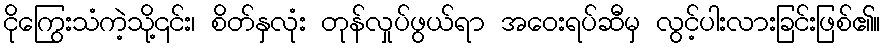
ငိုကြွေးသံကဲ့သို့၎င်း၊ စိတ်နှလုံး တုန်လှုပ်ဖွယ်ရာ အဝေးရပ်ဆီမှ လွင့်ပါးလားခြင်းဖြစ်၏။